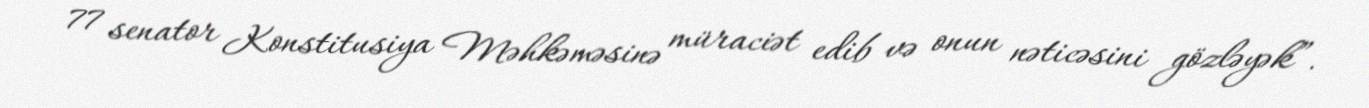
77 senator Konstitusiya Məhkəməsinə müraciət edib və onun nəticəsini gözləyək”.